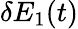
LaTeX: \delta E_{1}(t)